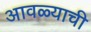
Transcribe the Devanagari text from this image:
आवळ्याची